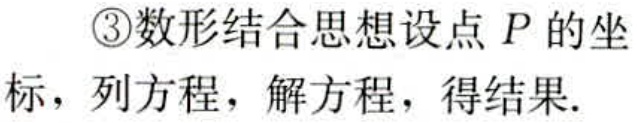
\textcircled{3}数形结合思想设点\(P\)的坐标，列方程，解方程，得结果.